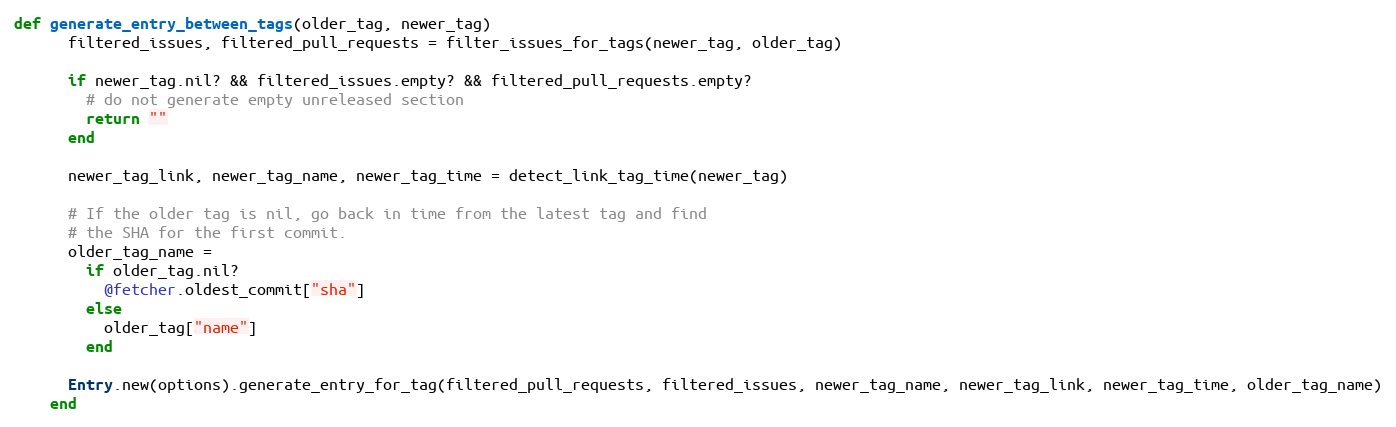
Language: Ruby
def generate_entry_between_tags(older_tag, newer_tag)
      filtered_issues, filtered_pull_requests = filter_issues_for_tags(newer_tag, older_tag)

      if newer_tag.nil? && filtered_issues.empty? && filtered_pull_requests.empty?
        # do not generate empty unreleased section
        return ""
      end

      newer_tag_link, newer_tag_name, newer_tag_time = detect_link_tag_time(newer_tag)

      # If the older tag is nil, go back in time from the latest tag and find
      # the SHA for the first commit.
      older_tag_name =
        if older_tag.nil?
          @fetcher.oldest_commit["sha"]
        else
          older_tag["name"]
        end

      Entry.new(options).generate_entry_for_tag(filtered_pull_requests, filtered_issues, newer_tag_name, newer_tag_link, newer_tag_time, older_tag_name)
    end